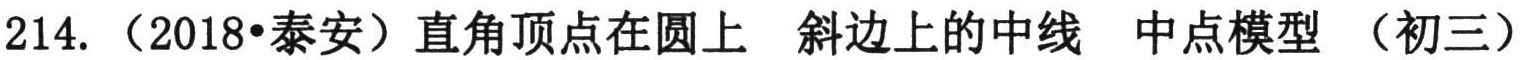
214. （2018•泰安）直角顶点在圆上 斜边上的中线 中点模型 （初三）